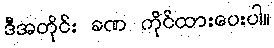
ဒီအတိုင်း ခဏ ကိုင်ထားပေးပါ။